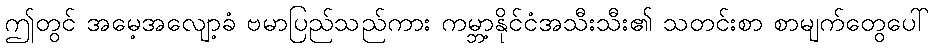
ဤတွင် အမေ့အလျော့ခံ ဗမာပြည်သည်ကား ကမ္ဘာ့နိုင်ငံအသီးသီး၏ သတင်းစာ စာမျက်တွေပေါ်